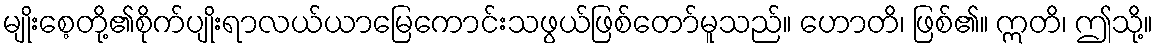
မျိုးစေ့တို့၏စိုက်ပျိုးရာလယ်ယာမြေကောင်းသဖွယ်ဖြစ်တော်မူသည်။ ဟောတိ၊ ဖြစ်၏။ ဣတိ၊ ဤသို့။